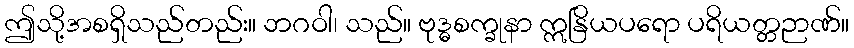
ဤသို့အစရှိသည်တည်း။ ဘဂဝါ၊ သည်။ ဗုဒ္ဓစက္ခုနာ ဣနြိယပရော ပရိယတ္တဉာဏ်။